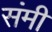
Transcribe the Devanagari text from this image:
संमी